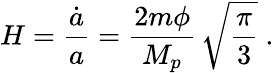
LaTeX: H={\frac{\dot{a}}{a}}={\frac{2m\phi}{M_{p}}}\, \sqrt{\frac{\pi}{3}}\ .